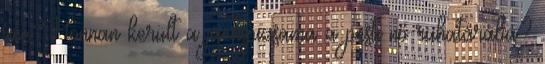
íme Honnan került a jachtpizsama a pesti nő ruhatárába?